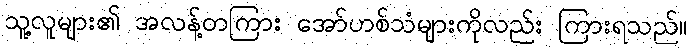
သူ့လူများ၏ အလန့်တကြား အော်ဟစ်သံများကိုလည်း ကြားရသည်။